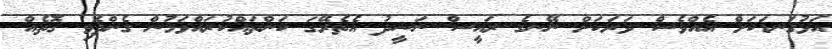
އަޅުގަނޑަކަށް އެއްވެސް ވަރަކަށް ނޭނގެ ރައީސް ނަޝީދު އެތެރޭގަ ކަންތައްކުރައްވަމުން ގެންދެވި ގޮތެއް